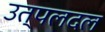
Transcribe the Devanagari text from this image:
उत्पलदल